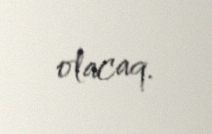
olacaq.